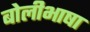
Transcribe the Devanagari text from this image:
बाेलीभाषा